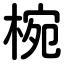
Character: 椀